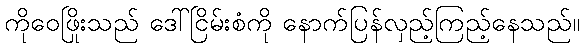
ကိုဝေဖြိုးသည် ဒေါ်ငြိမ်းစံကို နောက်ပြန်လှည့်ကြည့်နေသည်။